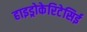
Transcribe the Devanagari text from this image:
हाइड्रोकेरिटेसिई